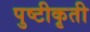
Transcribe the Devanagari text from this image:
पुष्टीकृती